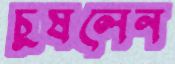
চুষলেন